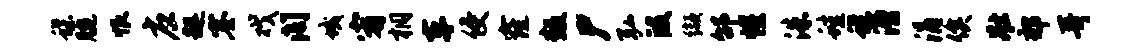
蝶腕恨应趄塞戏阁域宥桐车侵窿叛尸弘段缬邰惺洙蛙蝶漕涓俟壮郊哥